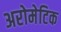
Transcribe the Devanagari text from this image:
अरोमेटिक